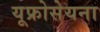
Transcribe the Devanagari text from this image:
यूफ्रोसेयना